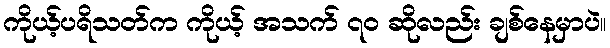
ကိုယ့်ပရိသတ်က ကိုယ့် အသက် ၇ဝ ဆိုလည်း ချစ်နေမှာပဲ။